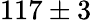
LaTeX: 117\pm 3